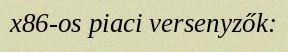
x86-os piaci versenyzők: